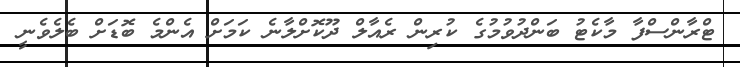
ޓްރާންސްފާ މާކެޓު ބަންދުވުމުގެ ކުރިން ރެއާލް ދޫކޮށްލާނެ ކަމަށް އެންމެ ބޮޑަށް ބެލެވެނީ